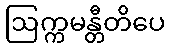
ဩက္ကမန္တီတိပေ